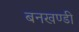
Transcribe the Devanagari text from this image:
बनखण्डी